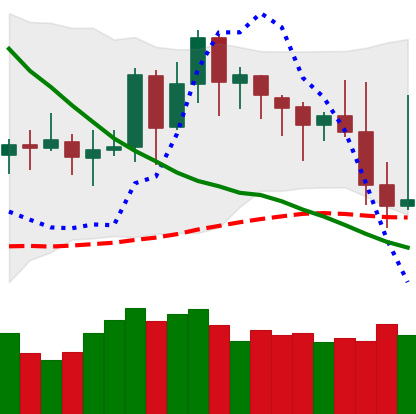
Ticker: DOGE-USD
Chart end date: 2019-11-20
Forward return: -10.563%
Label: down_7plus